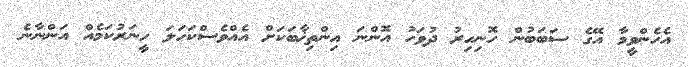
އެހެންވީމާ އޭގެ ސަބަބުން ހޮނިހިރު ދުވަހު އޮންނަ އިންތިޚާބަކަށް އެއްވެސްކަހަލަ ހީނަރުކަމެއް އަންނާނެ